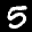
Label: 5